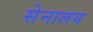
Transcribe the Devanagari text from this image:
सेनालय